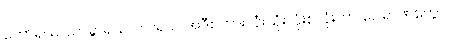
ဘော်ရယ်၊ သာခွာရယ်၊ ကျူရယ် အဲဒီစကားလုံးသုံးလုံးစလုံးဟာ ပေါရာဏတွေပါ။